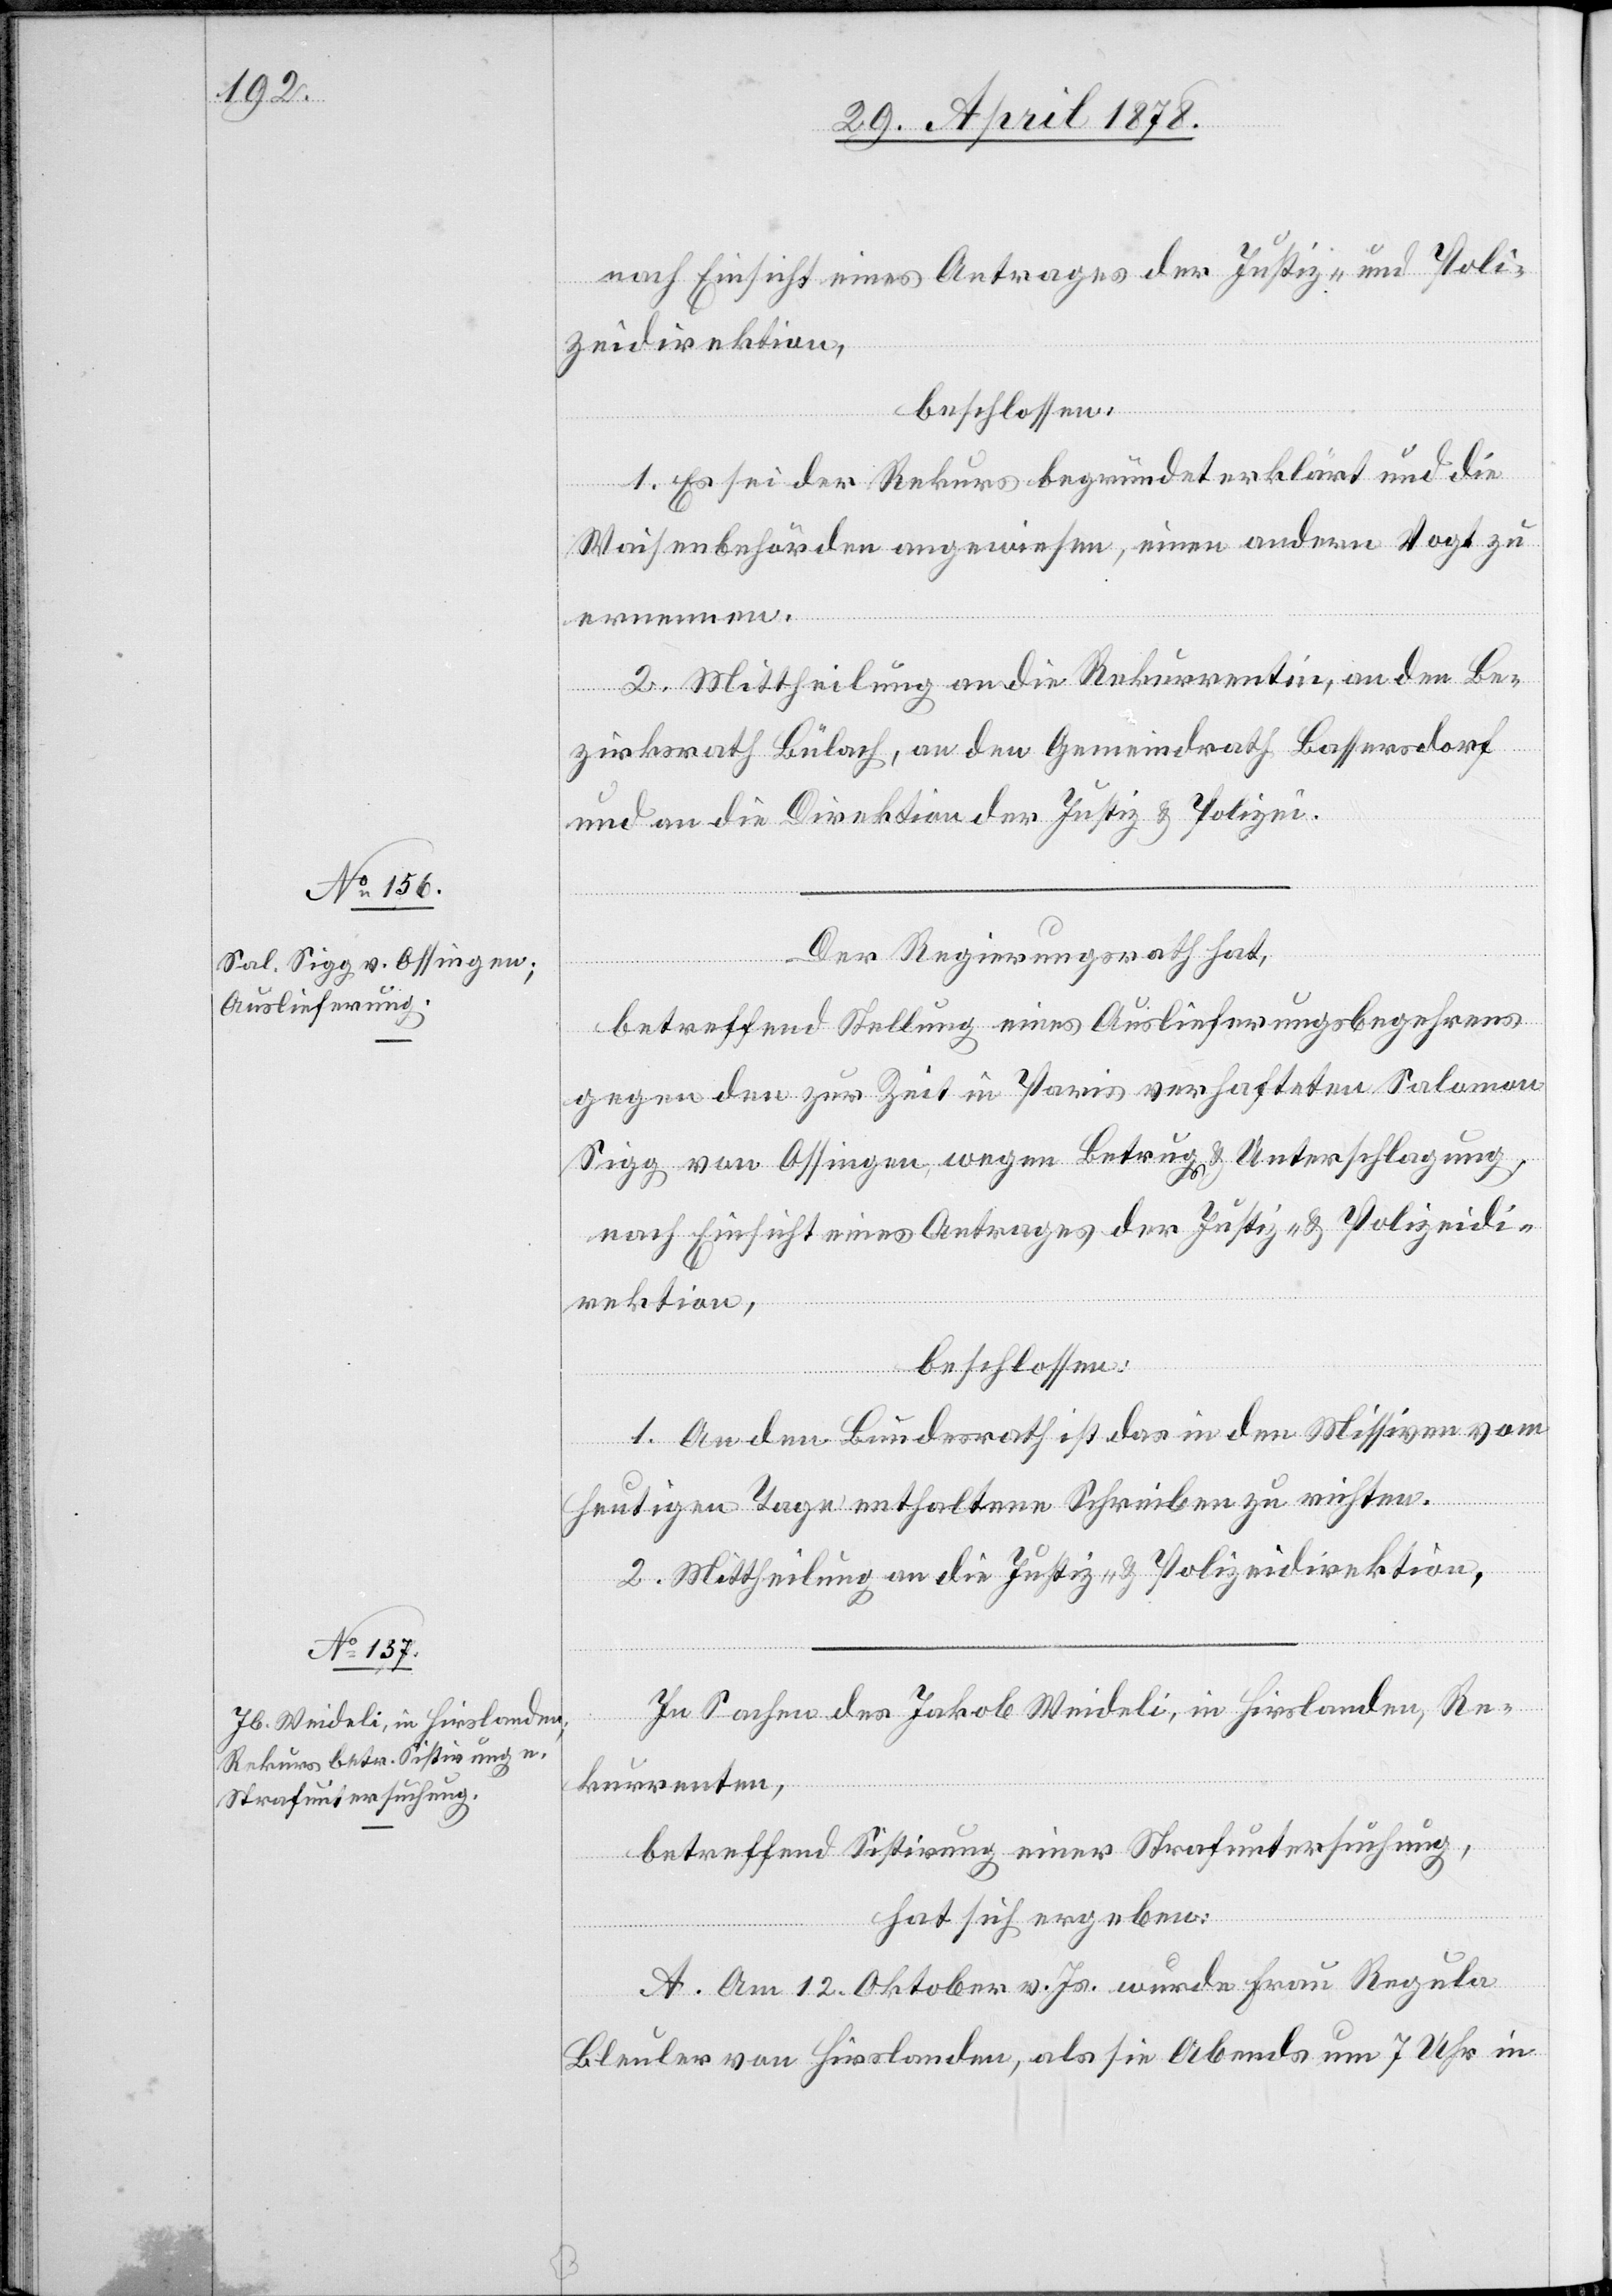
nach Einsicht eines Antrages der Justiz- und Poli¬
zeidirektion,
beschlossen:
1. Es sei der Rekurs begründet erklärt und die
Waisenbehörden angewiesen, einen andern Vogt zu
ernennen.
2. Mittheilung an die Rekurrentin, an den Be¬
zirksrath Bülach, an den Gemeindrath Bassersdorf
und an die Direktion der Justiz & Polizei.
Der Regierungsrath hat,
betreffend Stellung eines Auslieferungsbegehrens
gegen den zur Zeit in Paris verhafteten Salomon
Sigg von Ossingen, wegen Betrug & Unterschlagung,
nach Einsicht eines Antrages der Justiz- & Polizeidi¬
rektion,
1. An den Bundesrath ist das in den Missiven vom
heutigen Tage enthaltene Schreiben zu richten.
2. Mittheilung an die Justiz- & Polizeidirektion.
In Sachen des Jakob Weideli, in Hirslanden, Re¬
kurrenten,
betreffend Sistirung einer Strafuntersuchung,
hat sich ergeben:
A. Am 12. Oktober v. Js. wurde Frau Regula
Bleuler von Hirslanden, als sie Abends um 7 Uhr in